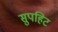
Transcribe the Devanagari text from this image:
सुपहिट